Report on malaria in the Punjab during the year ...  together with an account of the work of the Punjab Malaria Bureau - Volume 1
Disease focus: Malaria
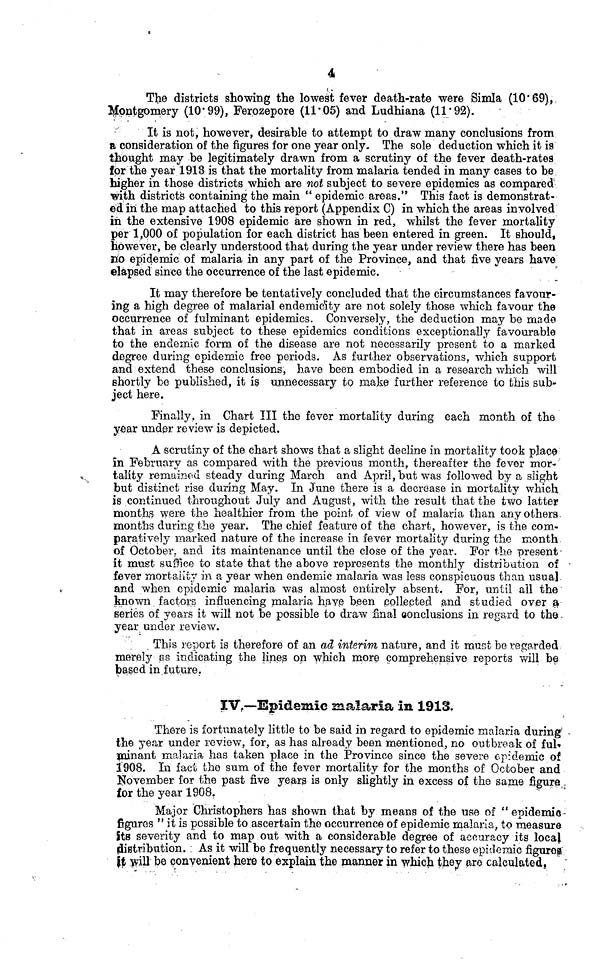
4
The districts showing the lowest fever death-rate were Simla (10.69),
Montgomery (10.99), Ferozepore (11.05) and Ludhiana (11.92).
It is not, however, desirable to attempt to draw many conclusions from
a consideration of the figures for one year only. The sole deduction which it is
thought may be legitimately drawn from a scrutiny of the fever death-rates
for the year 1913 is that the mortality from malaria tended in many cases to be
higher in those districts which are not subject to severe epidemics as compared
with districts containing the main " epidemic areas." This fact is demonstrat-
ed in the map attached to this report (Appendix C) in which the areas involved
in the extensive 1908 epidemic are shown in red, whilst the fever mortality
per 1,000 of population for each district has been entered in green. It should,
however, be clearly understood that during the year under review there has been
no epidemic of malaria in any part of the Province, and that five years have
elapsed since the occurrence of the last epidemic.
It may therefore be tentatively concluded that the circumstances favour-
ing a high degree of malarial endemicïty are not solely those which favour the
occurrence of fulminant epidemics. Conversely, the deduction may be made
that in areas subject to these epidemics conditions exceptionally favourable
to the endemic form of the disease are not necessarily present to a marked
degree during epidemic free periods. As further observations, which support
and extend these conclusions, have been embodied in a research which will
shortly be published, it is unnecessary to make further reference to this sub-
ject here.
Finally, in Chart III the fever mortality during each month of the
year under review is depicted.
A scrutiny of the chart shows that a slight decline in mortality took place
in February as compared with the previous month, thereafter the fever mor-
tality remained steady during March and April, but was followed by a slight
but distinct rise during May. In June there is a decrease in mortality which
is continued throughout July and August, with the result that the two latter
months were the healthier from the point of view of malaria than any others
months during the year. The chief feature of the chart, however, is the com-
paratively marked nature of the increase in fever mortality during the month
of October, and its maintenance until the close of the year. For the present
it must suffice to state that the above represents the monthly distribution of
fever mortality in a year when endemic malaria was less conspicuous than usual
and when epidemic malaria was almost entirely absent. For, until ail the
known factors influencing malaria have been collected and studied over a
series of years it will not be possible to draw final conclusions in regard to the -
year under review.
This report is therefore of an ad interim nature, and it must be regarded
merely as indicating the lines on which more comprehensive reports will be
based in future.
IV.—Epidemic malaria in 1913.
There is fortunately little to be said in regard to epidemic malaria during
the year under review, for, as has already been mentioned, no outbreak of ful-
minant malaria has taken place in the Province since the severe epidemic of
1908. In fact the sum of the fever mortality for the months of October and
November for the past five years is only slightly in excess of the same figure
for the year 1908.
Major Christophers has shown that by means of the use of " epidemic
figures " it is possible to ascertain the occurrence of epidemic malaria, to measure
its severity and to map out with a considerable degree of accuracy its local
(distribution. As it will be frequently necessary to refer to these epidemic figures
it will be convenient here to explain the manner in which they are calculated.